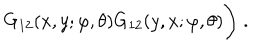
G _ { 1 2 } ( x , y ; \varphi , \theta ) G _ { 1 2 } ( y , x ; \varphi , \theta ) \Bigg ) \; .